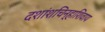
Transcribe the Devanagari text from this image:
दशांशचिन्हाशिवाय